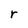
Character: r